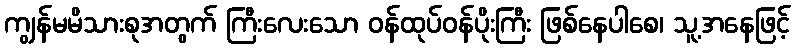
ကျွန်မမိသားစုအတွက် ကြီးလေးသော ဝန်ထုပ်ဝန်ပိုးကြီး ဖြစ်နေပါစေ၊ သူ့အနေဖြင့်